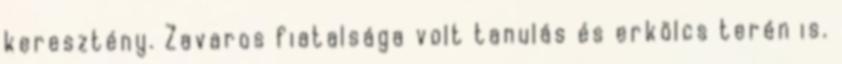
keresztény. Zavaros fiatalsága volt tanulás és erkölcs terén is.